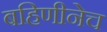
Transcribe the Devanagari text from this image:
बहिणीनेच